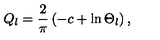
Q _ { l } = \frac { 2 } { \pi } \left( - c + \ln \Theta _ { l } \right) ,